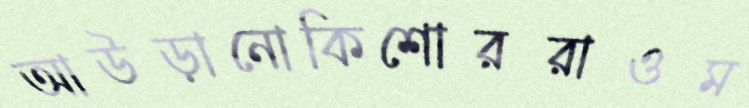
আউড়ানোকিশোররাওম